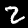
Digit: 2